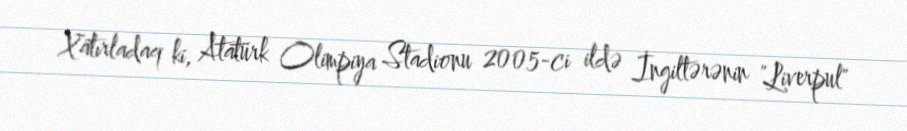
Xatırladaq ki, Atatürk Olimpiya Stadionu 2005-ci ildə İngiltərənin "Liverpul"